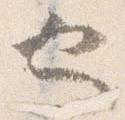
也